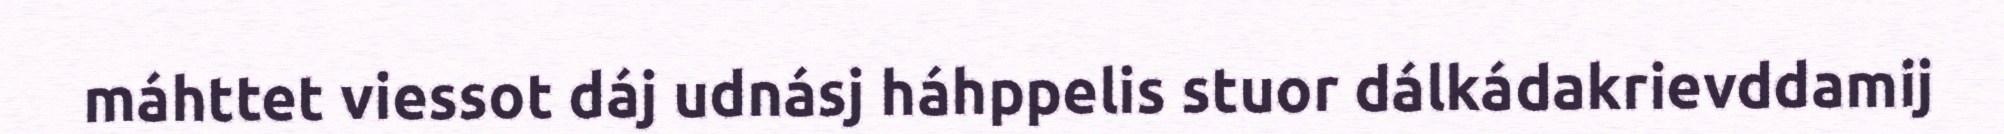
máhttet viessot dáj udnásj háhppelis stuor dálkádakrievddamij